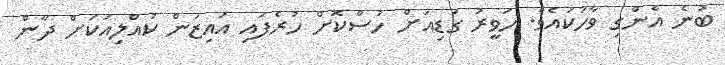
ބުނެ އެންގި ވާހަކައެވެ. ހަވީރު ގަޑިއަށް ހުސްކޮށް ހުރެފައި އައިޒަން ކުއްލިއަކަށް ދާން